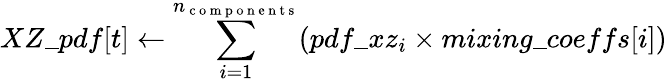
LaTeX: XZ\_ pdf[t]\leftarrow\sum_{i=1}^{n_{\mathrm{~c~o~m~p~o~n~e~n~t~s~}}}(pdf\_ xz_{i}\times mixing\_ coeffs[i])